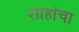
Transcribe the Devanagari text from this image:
शाहांचा